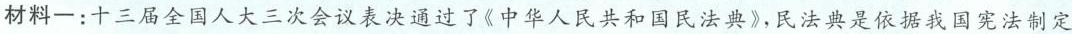
材料一：十三届全国人大三次会议表决通过了《中华人民共和国民法典》，民法典是依据我国宪法制定